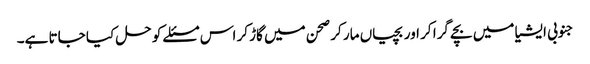
جنوبی ایشیا میں‌ بچے گرا کر اور بچیاں‌ مار کر صحن میں‌ گاڑ کر اس مسئلے کو حل کیا جاتا ہے۔